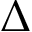
\Delta